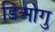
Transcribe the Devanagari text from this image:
डिओगु